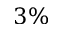
3 \%